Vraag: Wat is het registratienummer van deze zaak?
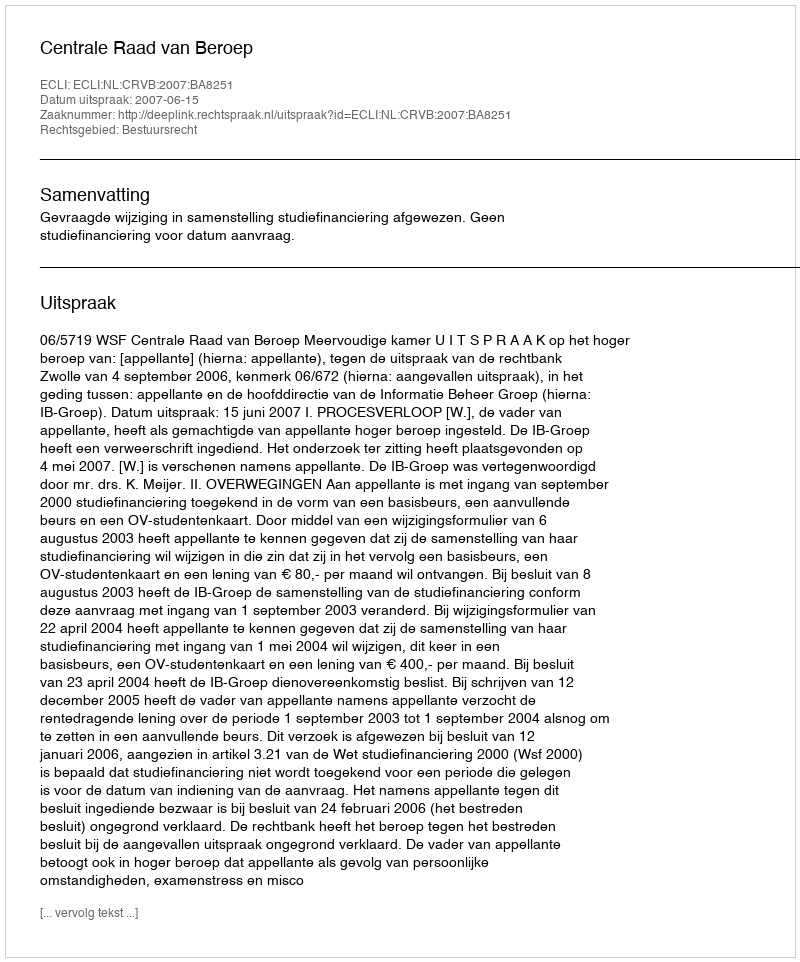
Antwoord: http://deeplink.rechtspraak.nl/uitspraak?id=ECLI:NL:CRVB:2007:BA8251